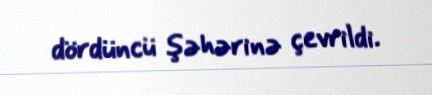
dördüncü şəhərinə çevrildi.